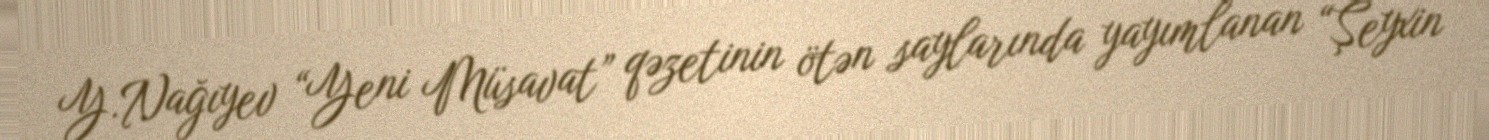
Y.Nağıyev “Yeni Müsavat” qəzetinin ötən saylarında yayımlanan “Şeyxin